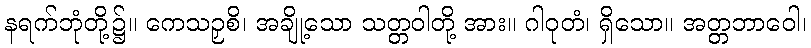
နရက်ဘုံတို့၌။ ကေသဉှစိ၊ အချို့သော သတ္တဝါတို့ အား။ ဂါဝုတံ၊ ရှိသော။ အတ္တဘာဝေါ၊